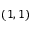
( 1 , 1 )